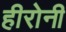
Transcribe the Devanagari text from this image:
हीरोनी